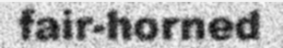
fair-horned